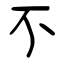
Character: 不